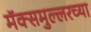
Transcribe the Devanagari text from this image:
मॅक्समुल्लरच्या